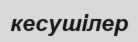
кесушілер